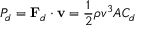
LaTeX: P _ { d } = \mathbf { F } _ { d } \cdot \mathbf { v } = { \frac { 1 } { 2 } } \rho v ^ { 3 } A C _ { d }